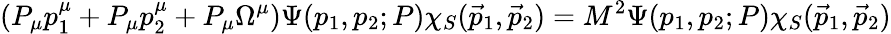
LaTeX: (P_{\mu}p_{1}^{\mu}+P_{\mu}p_{2}^{\mu}+P_{\mu}\Omega^{\mu})\Psi(p_{1},p_{2};P)\chi_{S}(\vec{p}_{1},\vec{p}_{2})=M^{2}\Psi(p_{1},p_{2};P)\chi_{S}(\vec{p}_{1},\vec{p}_{2})